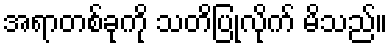
အရာတစ်ခုကို သတိပြုလိုက် မိသည်။